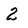
Character: 2